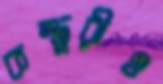
কস্তুরীও